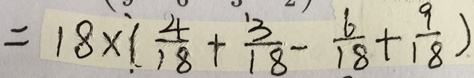
= 1 8 \times ( \frac { 4 } { 1 8 } + \frac { 3 } { 1 8 } - \frac { 6 } { 1 8 } + \frac { 9 } { 1 8 } )